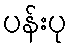
ပန်းပု